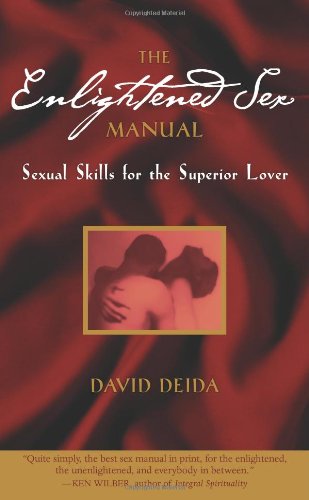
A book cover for The Enlightened Sex Manual: Sexual Skills for the Superior Lover; David Deida; Health, Fitness & Dieting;